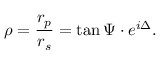
\rho = { \frac { r _ { p } } { r _ { s } } } = \tan \Psi \cdot e ^ { i \Delta } .